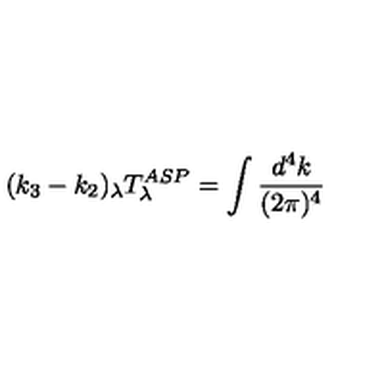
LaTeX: ( k _ { 3 } - k _ { 2 } ) _ { \lambda } T _ { \lambda } ^ { A S P } = \int \frac { d ^ { 4 } k } { ( 2 \pi ) ^ { 4 } }